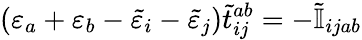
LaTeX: (\varepsilon_{a}+\varepsilon_{b}-\tilde{\varepsilon}_{i}-\tilde{\varepsilon}_{j})\tilde{t}_{ij}^{ab}=-\tilde{\mathbb{I}}_{ijab}